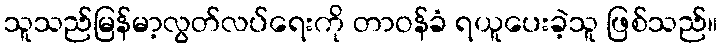
သူသည်မြန်မာ့လွတ်လပ်ရေးကို တာဝန်ခံ ရယူပေးခဲ့သူ ဖြစ်သည်။